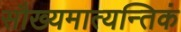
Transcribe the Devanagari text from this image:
सौख्यमात्यन्तिकं